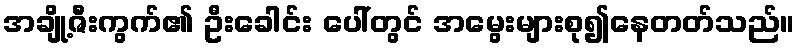
အချို့ဇီးကွက်၏ ဦးခေါင်း ပေါ်တွင် အမွေးများစု၍နေတတ်သည်။